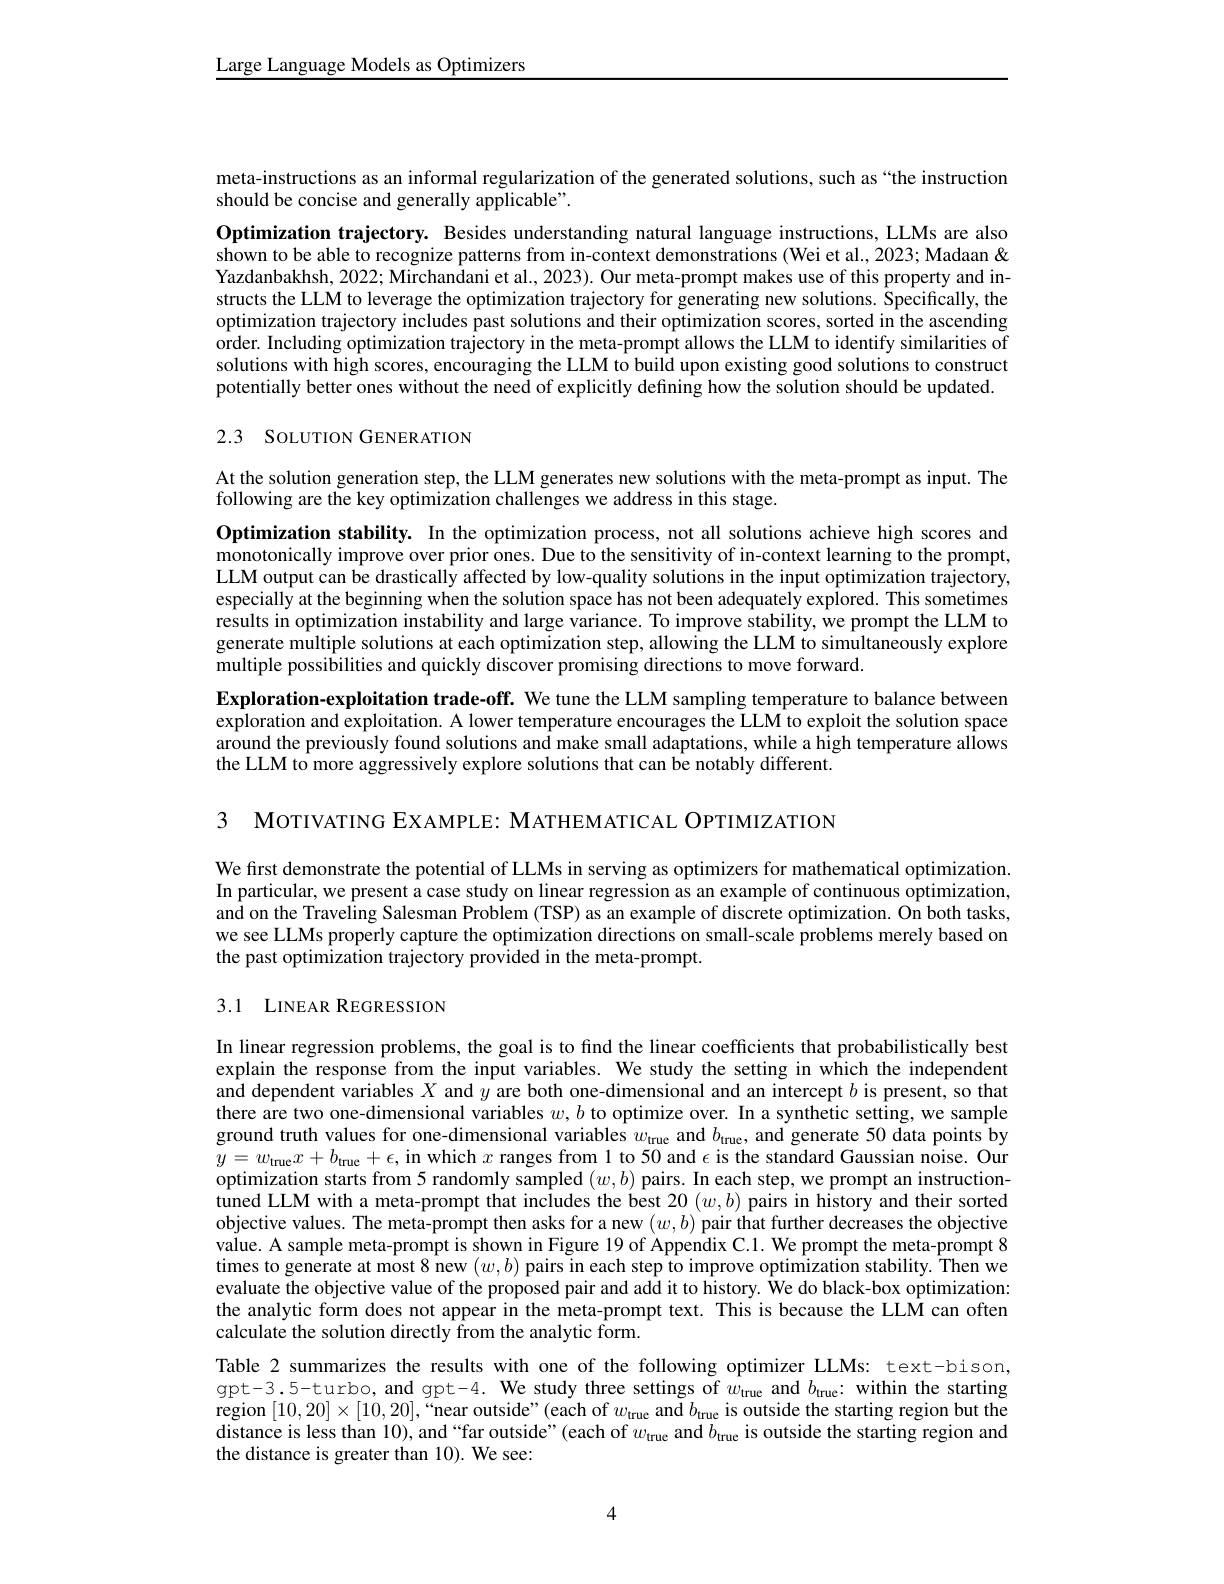
Large Language Models as Optimizers

meta-instructions as an informal regularization of the generated solutions, such as “the instruction
should be concise and generally applicable".

Optimization trajectory. Besides understanding natural language instructions, LLMs are also shown to be able to recognize patterns from in-context demonstrations (Wei et al., 2023; Madaan & Yazdanbakhsh, 2022; Mirchandani et al., 2023). Our meta-prompt makes use of this property and instructs the LLM to leverage the optimization trajectory for generating new solutions. Specifically, the optimization trajectory includes past solutions and their optimization scores, sorted in the ascending order. Including optimization trajectory in the meta-prompt allows the LLM to identify similarities of solutions with high scores, encouraging the LLM to build upon existing good solutions to construct potentially better ones without the need of explicitly defining how the solution should be updated. 2.3 SOLUTION GENERATION

At the solution generation step, the LLM generates new solutions with the meta-prompt as input. The
following are the key optimization challenges we address in this stage.

Optimization stability. In the optimization process, not all solutions achieve high scores and monotonically improve over prior ones. Due to the sensitivity of in-context learning to the prompt, LLM output can be drastically affected by low-quality solutions in the input optimization trâjectory, especially at the beginning when the solution space has not been adequately explored. This sometimes results in optimization instability and large variance. To improve stability, we prompt the LLM to generate multiple solutions at each optimization step, allowing the LLM to simultaneously explore multiple possibilities and quickly discover promising directions to move forward.

Exploration-exploitation trade-off. We tune the LLM sampling temperature to balance between exploration and exploitation. A lower temperature encourages the LLM to exploit the solution space around the previously found solutions and make small adaptations, while a high temperature allows the LLM to more aggressively explore solutions that can be notably different.

3 MoTIVATING EXAMPLE: MATHEMATICAL OPTIMIZATION

We first demonstrate the potential of LLMs in serving as optimizers for mathematical optimization. In particular, we present a case study on linear regression as an example of continuous optimization, and on the Traveling Salesman Problem (TSP) as an example of discrete optimization. On both tasks, we see LLMs properly capture the optimization directions on small-scale problems merely based on the past optimization trajectory provided in the meta-prompt.

## 3.1 LINEAR REGRESSION

In linear regression problems, the goal is to find the linear coefficients that probabilistically best explain the response from the input variables. We study the setting in which the independent and dependent variables $X$ and $y$ are both one-dimensional and an intercept $b$ is present, so that there are two one-dimensional variables $w,b$ to optimize over. In a synthetic setting, we sample ground truth values for one-dimensional variables $w_\mathrm{true}$ and $b_\mathrm{true}$, and generate 50 data points by $y=w_\text{true}x+b_\text{true}+\epsilon$,in which $x$ ranges from 1 to 50 and $\epsilon$ is the standard Gaussian noise. Our optimization starts from 5 randomly sampled $(w,b)$ pairs. In each step, we prompt an instructiontuned LLM with a meta-prompt that includes the best 20 $(w,b)$ pairs in history and their sorted objective values. The meta-prompt then asks for a new $(w,b)$ pair that further decreases the objective value. A sample meta-prompt is shown in Figure 19 of Appendix C.1. We prompt the meta-prompt 8 times to generate at most 8 new $(w,b)$ pairs in each step to improve optimization stability. Then we evaluate the objective value of the proposed pair and add it to history. We do black-box optimization: the analytic form does not appear in the meta-prompt text. This is because the LLM can often calculate the solution directly from the analytic form.

Table 2 summarizes the results with one of the following optimizer LLMs: text-bison, gpt-3.5-turbo, and gpt-4. We study three settings of $w_\mathrm{true}$ and $b_\mathrm{true}:$ within the starting region $[10,20]\times[10,20]$ "near outside" (each of $w_\mathrm{true}$ and $b_\mathrm{true}$ is outside the starting region but the distance is less than 10), and “far outside”(each of $w_\mathrm{true}$ and $b_\mathrm{true}$ is outside the starting region and the distance is greater than 10). We see:

4